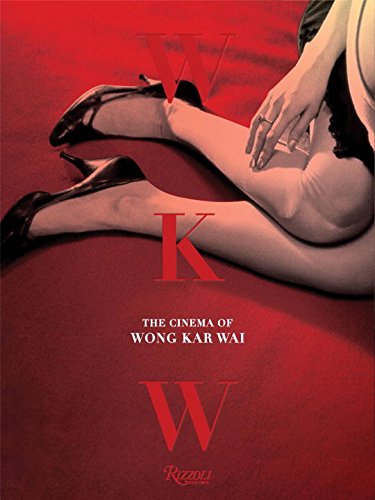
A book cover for WKW: The Cinema of Wong Kar Wai; Wong Kar Wai; Humor & Entertainment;